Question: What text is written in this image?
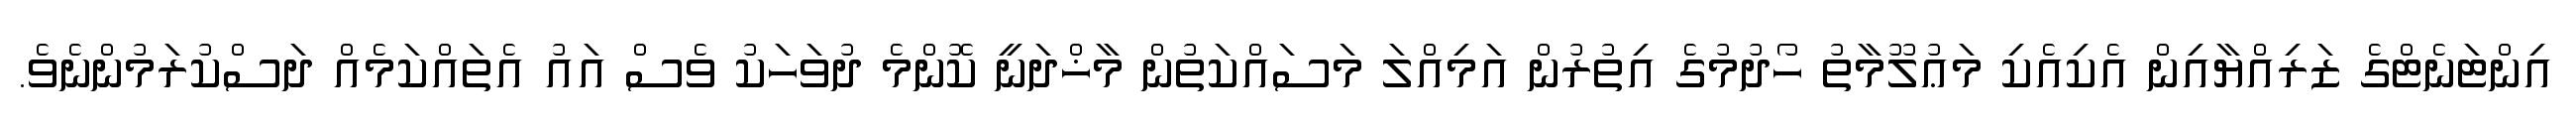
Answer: އިންޓަނެޓްގެ ޒަރިއްޔާއިން އެކިއެކި މަޢުލޫމާތު ހޯދުމުގެ އިތުރުން އަމިއްލަ މަސައްކަތުން މާޚްދަނީ ކޮންމެ ދުވަހަކު ވެސް އައު އެތައްކަމެއް ދަސްކުރަމުންނެވެ.